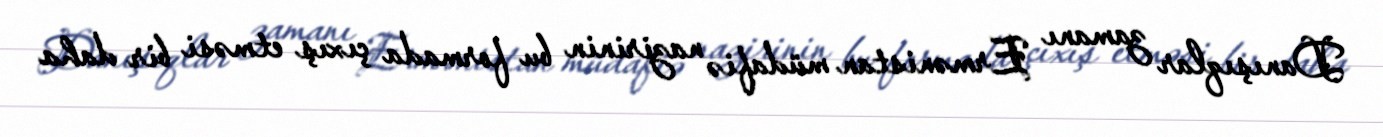
Danışıqlar zamanı Ermənistan müdafiə nazirinin bu formada çıxış etməsi bir daha